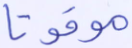
موقوتا